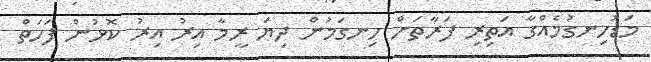
މަޑުހިނގުމެއްގާ އަތިރި ފަރާތަށް ހިނގަމުން ދިޔަ ރީމާ އިރު އިރު ކޮޅުން ފަހަތް